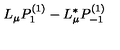
L _ { \mu } P _ { 1 } ^ { ( 1 ) } - L _ { \mu } ^ { * } P _ { - 1 } ^ { ( 1 ) }